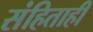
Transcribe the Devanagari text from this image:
संहिताही